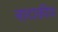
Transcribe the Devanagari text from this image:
नाटाकीय